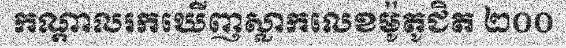
កណ្តាលរកឃើញស្លាកលេខម៉ូតូជិត ២០០